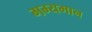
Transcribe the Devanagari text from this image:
गम्यमान